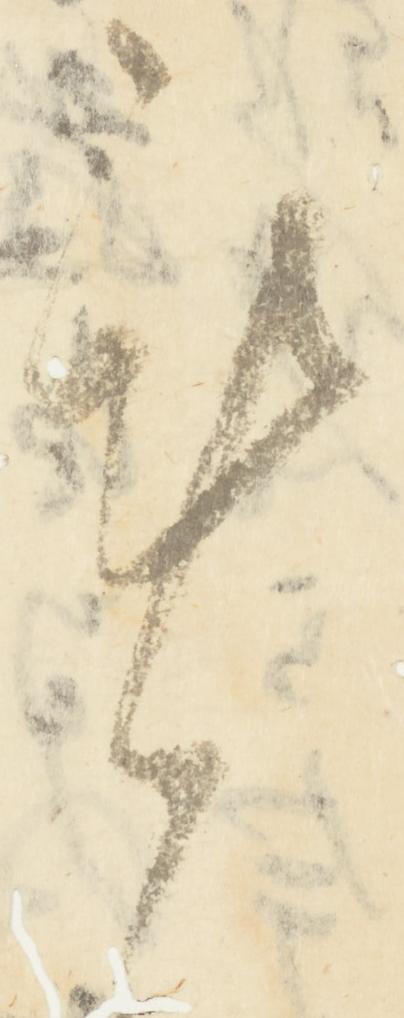
謹